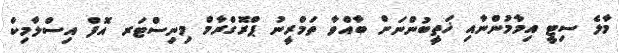
މާލެ ސިޓީ އިމާމުންނާއި ޚަތީބުންނަށް ބާއްވާ ތަމްރީނު ޕްރޮގްރާމް މިނިސްޓަރ އޮފް އިސްލާމިކް